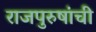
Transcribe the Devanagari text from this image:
राजपुरुषांची